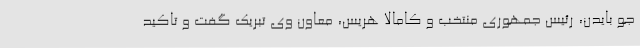
جو بایدن،‌ رئیس جمهوری منتخب و کامالا هریس، معاون وی تبریک گفت و تاکید